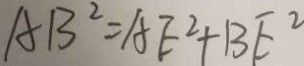
A B ^ { 2 } = A E ^ { 2 } + B E ^ { 2 }